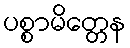
ပစ္စာမိတ္တေန